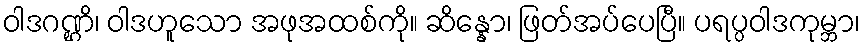
ဝါဒဂဏ္ဌိ၊ ဝါဒဟူသော အဖုအထစ်ကို။ ဆိန္နော၊ ဖြတ်အပ်ပေပြီ။ ပရပ္ပဝါဒကုမ္ဘာ၊